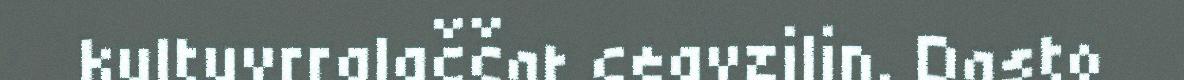
kultuvrralaččat ceavzilin. Dasto